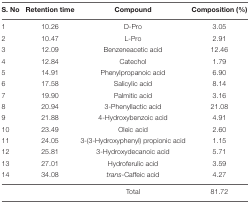
<table><thead><tr><td><b>S. No</b></td><td><b>Retention time</b></td><td><b>Compound</b></td><td><b>Composition (%)</b></td></tr></thead><tbody><tr><td>1</td><td>10.26</td><td>D-Pro</td><td>3.05</td></tr><tr><td>2</td><td>10.47</td><td>L-Pro</td><td>2.91</td></tr><tr><td>3</td><td>12.09</td><td>Benzeneacetic acid</td><td>12.46</td></tr><tr><td>4</td><td>12.84</td><td>Catechol</td><td>1.79</td></tr><tr><td>5</td><td>14.91</td><td>Phenylpropanoic acid</td><td>6.90</td></tr><tr><td>6</td><td>17.58</td><td>Salicylic acid</td><td>8.14</td></tr><tr><td>7</td><td>19.90</td><td>Palmitic acid</td><td>3.16</td></tr><tr><td>8</td><td>20.94</td><td>3-Phenyllactic acid</td><td>21.08</td></tr><tr><td>9</td><td>21.88</td><td>4-Hydroxybenzoic acid</td><td>4.91</td></tr><tr><td>10</td><td>23.49</td><td>Oleic acid</td><td>2.60</td></tr><tr><td>11</td><td>24.05</td><td>3-(3-Hydroxyphenyl) propionic acid</td><td>1.15</td></tr><tr><td>12</td><td>25.81</td><td>3-Hydroxydecanoic acid</td><td>5.71</td></tr><tr><td>13</td><td>27.01</td><td>Hydroferulic acid</td><td>3.59</td></tr><tr><td>14</td><td>34.08</td><td><i>trans</i>-Caffeic acid</td><td>4.27</td></tr><tr><td></td><td></td><td>Total</td><td>81.72</td></tr></tbody></table>